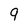
Character: 9